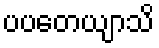
ပပတေယျာသိ